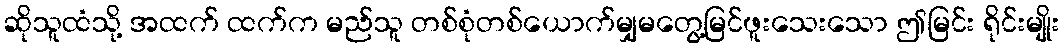
ဆိုသူထံသို့ အထက် ထက်က မည်သူ တစ်စုံတစ်ယောက်မျှမတွေ့မြင်ဖူးသေးသော ဤမြင်း ရိုင်းမျိုး